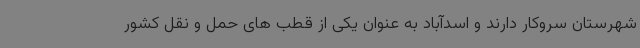
شهرستان سروکار دارند و اسدآباد به عنوان یکی از قطب های حمل و نقل کشور